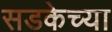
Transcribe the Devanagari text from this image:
सडकेच्या